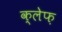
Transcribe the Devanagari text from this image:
क्लेफ़